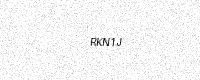
Text: RKN1J